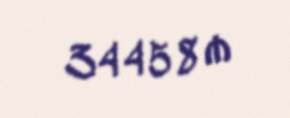
34458 ₼